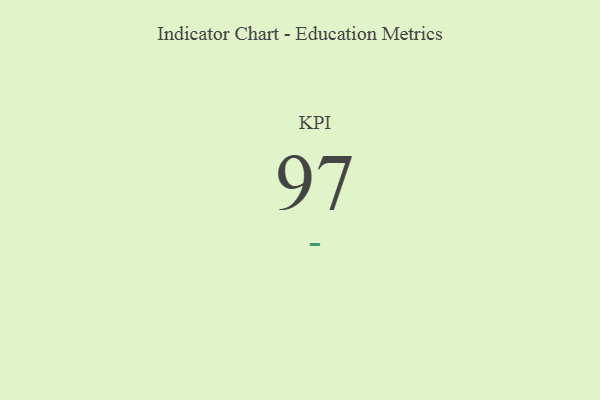
{"axis": {"x": "KPI", "y": "Value"}, "legend": [""], "data": [{"x": "KPI", "y": 97, "type": ""}]}